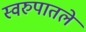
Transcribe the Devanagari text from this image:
स्वरुपातले